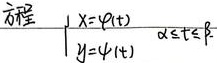
方程
\(\begin{cases}
x = \varphi(t)\\
y = \psi(t)
\end{cases}\alpha\leq t\leq\beta\)